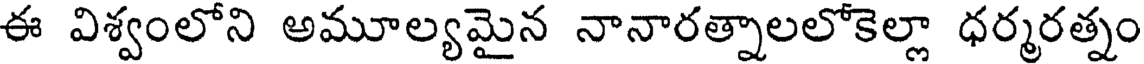
ఈ విశ్వంలోని అమూల్యమైన నానారత్నాలలోకెల్లా ధర్మరత్నం